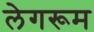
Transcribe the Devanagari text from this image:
लेगरूम